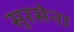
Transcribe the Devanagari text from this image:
सुरसेना